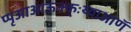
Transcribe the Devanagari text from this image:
प्पृआआंऊक्क्ःय्याआणॅ